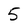
Character: 5